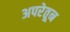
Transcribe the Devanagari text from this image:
अपरेतून